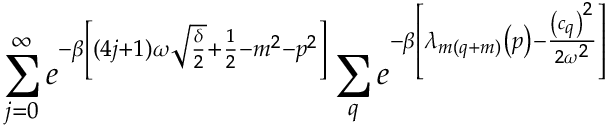
\sum _ { j = 0 } ^ { \infty } e ^ { - \beta \left[ ( 4 j + 1 ) \omega \sqrt { \frac { \delta } { 2 } } + \frac { 1 } { 2 } - m ^ { 2 } - p ^ { 2 } \right] } \sum _ { q } e ^ { - \beta \left[ \lambda _ { m ( q + m ) } \left( p \right) - \frac { \left( c _ { q } \right) ^ { 2 } } { 2 \omega ^ { 2 } } \right] }